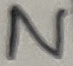
Text: N